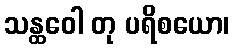
သန္ထဝေါ တု ပရိစယော၊